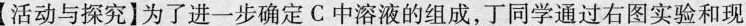
【活动与探究】为了进一步确定C中溶液的组成，丁同学通过右图实验和现